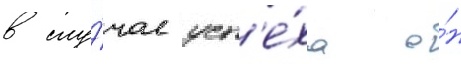
в слу́чае усп'е́ха о́н